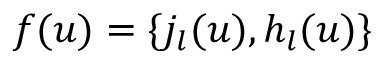
f ( u ) = \{ j _ { l } ( u ) , h _ { l } ( u ) \}